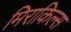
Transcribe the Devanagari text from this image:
मिराकिल्स